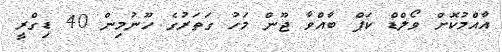
އާއްމުކޮށް ވޯލްޑް ކަޕް ބާއްވާ ޖޫން މަހު ގަތަރުގެ ހޫނުމިން 40 ޑިގްރީ